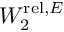
W _ { 2 } ^ { \mathrm { r e l } , E }